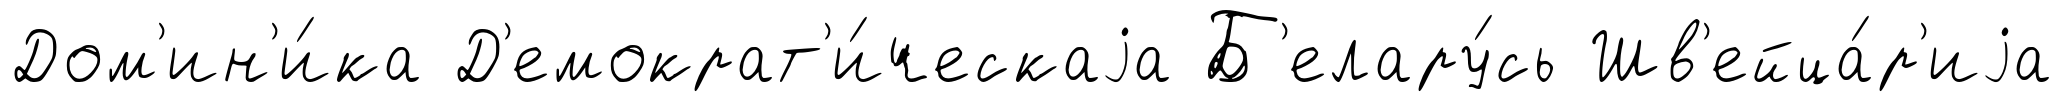
Дом'ин'и́ка Д'емократ'и́ческаjа Б'елару́сь Шв'ейца́р'иjа